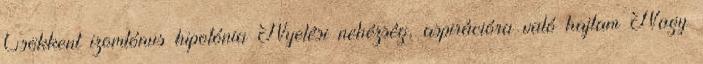
Csökkent izomtónus hipotónia Nyelési nehézség, aspirációra való hajlam Nagy